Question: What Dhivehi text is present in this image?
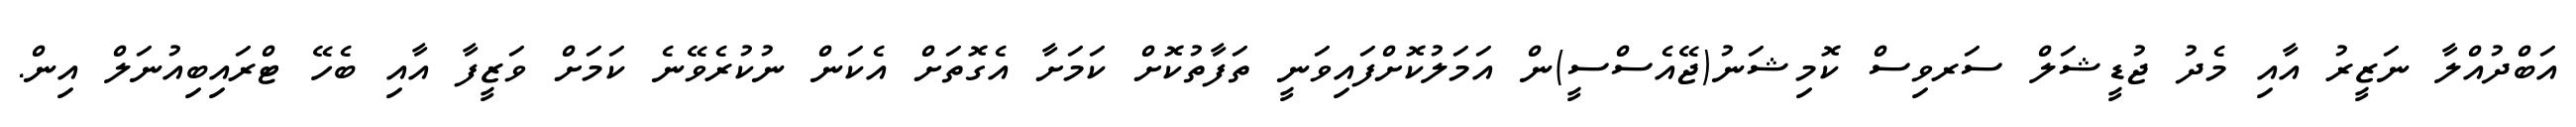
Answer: އަބްދުއްލާ ނަޒީރު އާއި މެދު ޖުޑީޝަލް ސަރވިސް ކޮމިޝަނު(ޖޭއެސްސީ)ން އަމަލުކޮށްފައިވަނީ ތަފާތުކޮށް ކަމަށާ އެގޮތަށް އެކަން ނުކުރެވޭނެ ކަމަށް ވަޒީފާ އާއި ބެހޭ ޓްރައިބިއުނަލް އިން.